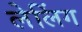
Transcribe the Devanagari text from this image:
लेलिंग